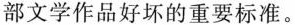
部文学作品好坏的重要标准。